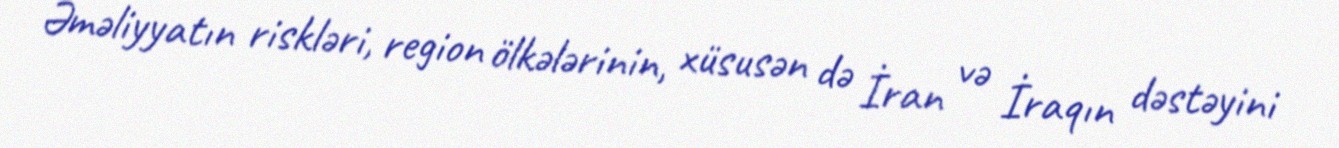
Əməliyyatın riskləri, region ölkələrinin, xüsusən də İran və İraqın dəstəyini